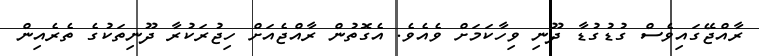
ރާއްޖޭގައިވެސް ގުޑުގުޑާ ދޫނި ވިހާކަމަށް ވެއެވެ. އެގޮތުން ރާއްޖެއަށް ހިޖުރަކުރާ ދޫނިތަކުގެ ތެރެއިން